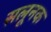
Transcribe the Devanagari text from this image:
सलूनक